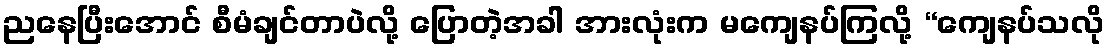
ညနေပြီးအောင် စီမံချင်တာပဲလို့ ပြောတဲ့အခါ အားလုံးက မကျေနပ်ကြလို့ “ကျေနပ်သလို